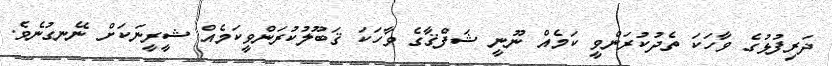
ދަރިފުޅުގެ ވާހަކަ ތެދުކުރަންވީ ކަމެއް ނޫނީ ޝަފްޤާގެ ވާހަކަ ޤަބޫލުކުރަންވީކަމެއް ޝީރީނަކަށް ނޭނގުނެވެ.